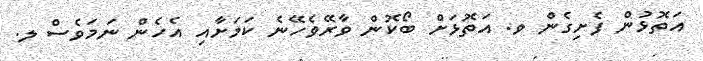
އަތޮޅުން ފެށިގެން ވ. އަތޮޅަށް ބޯކޮން ވާރޭވެހޭނެ ކަމަށާއި އެހެން ނަމަވެސް ލ.